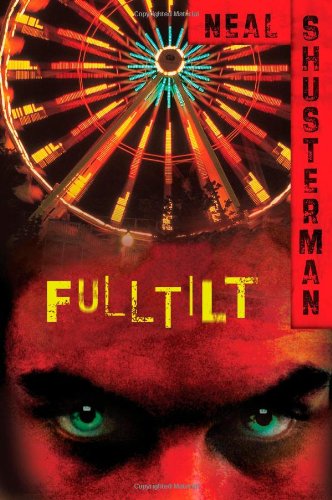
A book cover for Full Tilt; Neal Shusterman; Teen & Young Adult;